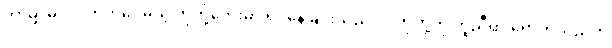
ဘာမျှ မလုပ်တတ်ပေမယ့် ကိုကို့ဘေးမှာ ရပ်နေခြင်းသည်ပင် ကိုကို့ကို ကူညီရာ ရောက်သည်ဟု